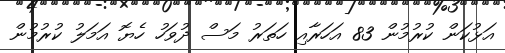
އަޅުކަން ކުރުމުން 83 އަހަރާއި ހަތަރު މަސް ދުވަހު ހެޔޮ އަމަލު ކުރުމުން